Report on lock hospitals in British Burma
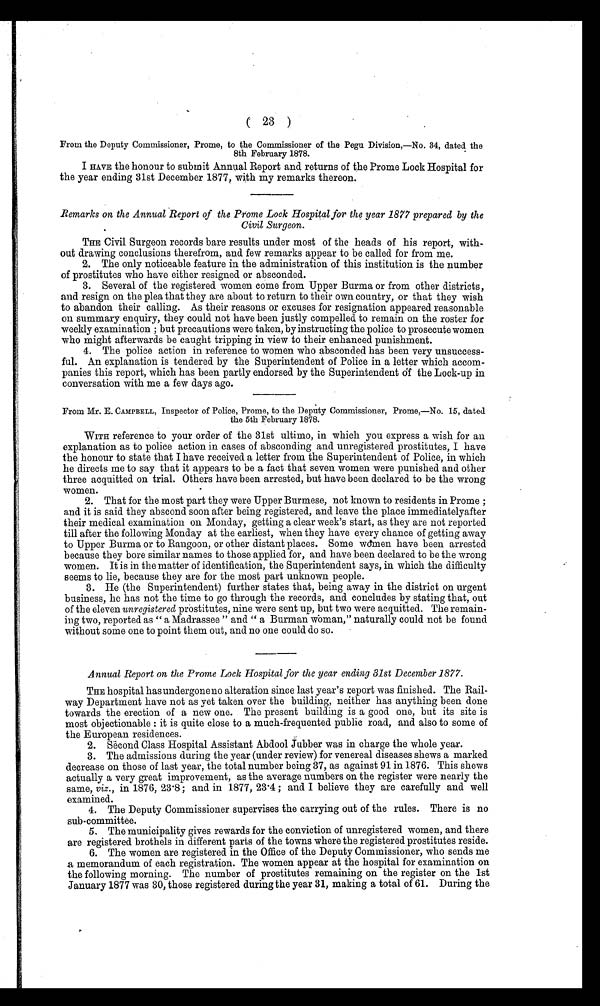
( 23 )
From the Deputy Commissioner, Prome, to the Commissioner of the Pegu Division,—No. 34, dated the
8th February 1878.
I HAVE the honour to submit Annual Report and returns of the Prome Lock Hospital for
the year ending 31st December 1877, with my remarks thereon.
Remarks on the Annual Report of the Prome Lock Hospital for the year 1877 prepared by the
Civil Surgeon.
THE Civil Surgeon records bare results under most of the heads of his report, with-
out drawing conclusions therefrom, and few remarks appear to be called for from me.
2. The only noticeable feature in the administration of this institution is the number
of prostitutes who have either resigned or absconded.
3. Several of the registered women come from Upper Burma or from other districts,
and resign on the plea that they are about to return to their own country, or that they wish
to abandon their calling. As their reasons or excuses for resignation appeared reasonable
on summary enquiry, they could not have been justly compelled to remain on the roster for
weekly examination ; but precautions were taken, by instructing the police to prosecute women
who might afterwards be caught tripping in view to their enhanced punishment.
4. The police action in reference to women who absconded has been very unsuccess-
-ful. An explanation is tendered by the Superintendent of Police in a letter which accom--
panies this report, which has been partly endorsed by the Superintendent of the Lock-up in
conversation with me a few days ago.
From Mr. E. CAMPBELL, Inspector of Police, Prome, to the Deputy Commissioner, Prome,—No. 15, dated
the 5th February 1878.
WITH reference to your order of the 31st ultimo, in which you express a wish for an
explanation as to police action in cases of absconding and unregistered prostitutes, I have
the honour to state that I have received a letter from the Superintendent of Police, in which
he directs me to say that it appears to be a fact that seven women were punished and other
three acquitted on trial. Others have been arrested, but have been declared to be the wrong
women.
2. That for the most part they were Upper Burmese, not known to residents in Prome ;
and it is said they abscond soon after being registered, and leave the place immediatelyafter
their medical examination on Monday, getting a clear week's start, as they are not reported
till after the following Monday at the earliest, when they have every chance of getting away
to Upper Burma or to Rangoon, or other distant places. Some women have been arrested
because they bore similar names to those applied for, and have been declared to be the wrong
women. It is in the matter of identification, the Superintendent says, in which the difficulty
seems to lie, because they are for the most part unknown people.
3. He (the Superintendent) further states that, being away in the district on urgent
business, he has not the time to go through the records, and concludes by stating that, out
of the eleven unregistered prostitutes, nine were sent up, but two were acquitted. The remain-
ing two, reported as " a Madrassee " and " a Burman woman," naturally could not be found
without some one to point them out, and no one could do so.
Annual Report on the Prome Lock Hospital for the year ending 31st December 1877.
THE hospital has undergone no alteration since last year's report was finished. The Rail-
way Department have not as yet taken over the building, neither has anything been done
towards the erection of a new one. The present building is a good one, but its site is
most objectionable : it is quite close to a much-frequented public road, and also to some of
the European residences.
2. Second Class Hospital Assistant Abdool Jubber was in charge the whole year.
3. The admissions during the year (under review) for venereal diseases shews a marked
decrease on those of last year, the total number being 37, as against 91 in 1876. This shews
actually a very great improvement, as the average numbers on the register were nearly the
same, viz., in 1876, 23.8 ; and in 1877, 23.4 ; and I believe they are carefully and well
examined.
4. The Deputy Commissioner supervises the carrying out of the rules. There is no
sub-committee.
5. The municipality gives rewards for the conviction of unregistered women, and there
are registered brothels in different parts of the towns where the registered prostitutes reside.
6. The women are registered in the Office of the Deputy Commissioner, who sends me
a memorandum of each registration. The women appear at the hospital for examination on
the following morning. The number of prostitutes remaining on the register on the 1st
January 1877 was 30, those registered during the year 31, making a total of 61. During the